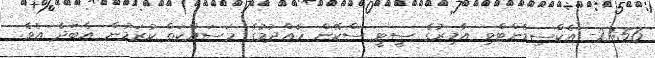
21:56- އެކްސިޑެންޓްވި އާމިރުގެ ސީޓީ ސްކޭން ހެއްދުމުގެ މަސައްކަތް ކުރަމުން އެބަދެ އެވެ.